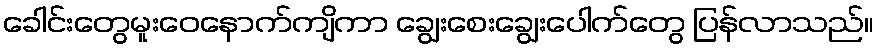
ခေါင်းတွေမူးဝေနောက်ကျိကာ ချွေးစေးချွေးပေါက်တွေ ပြန်လာသည်။